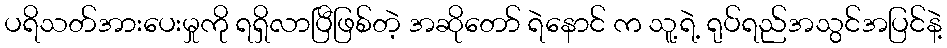
ပရိသတ်အားပေးမှုကို ရရှိလာပြီဖြစ်တဲ့ အဆိုတော် ရဲနောင် က သူ့ရဲ့ ရုပ်ရည်အသွင်အပြင်နဲ့